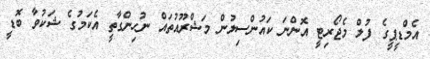
އެމްޑީޕީގެ ފުލް މެޖޯރިޓީ އޮންނަ ކައުންސިލުން މަޝްރޫއުތައް ނުހިންގާތީ އެކަމުގެ ޝަކުވާ ބޮޑީ